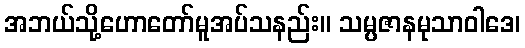
အဘယ်သို့ဟောတော်မူအပ်သနည်း။ သမ္ပဇာနမုသာဝါဒေ၊